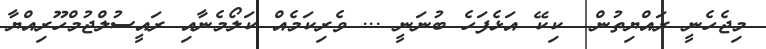
މިޖެހެނީ ރައްޔިތުން  ކިކޭ އަޅެފަހެ ބުނަނީ ... ވެރިކަމެއް ކަލޯމެނާއި ރައީސުލްޖުމްހޫރިއްޔާ